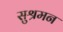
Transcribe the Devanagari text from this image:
सुश्रमन